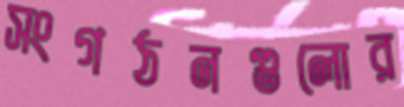
সংগঠনগুলোর